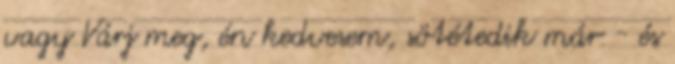
vagy Várj meg, én kedvesem, sötétedik már - és